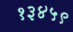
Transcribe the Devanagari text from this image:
१३४५९